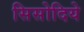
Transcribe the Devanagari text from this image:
सिसोदिये